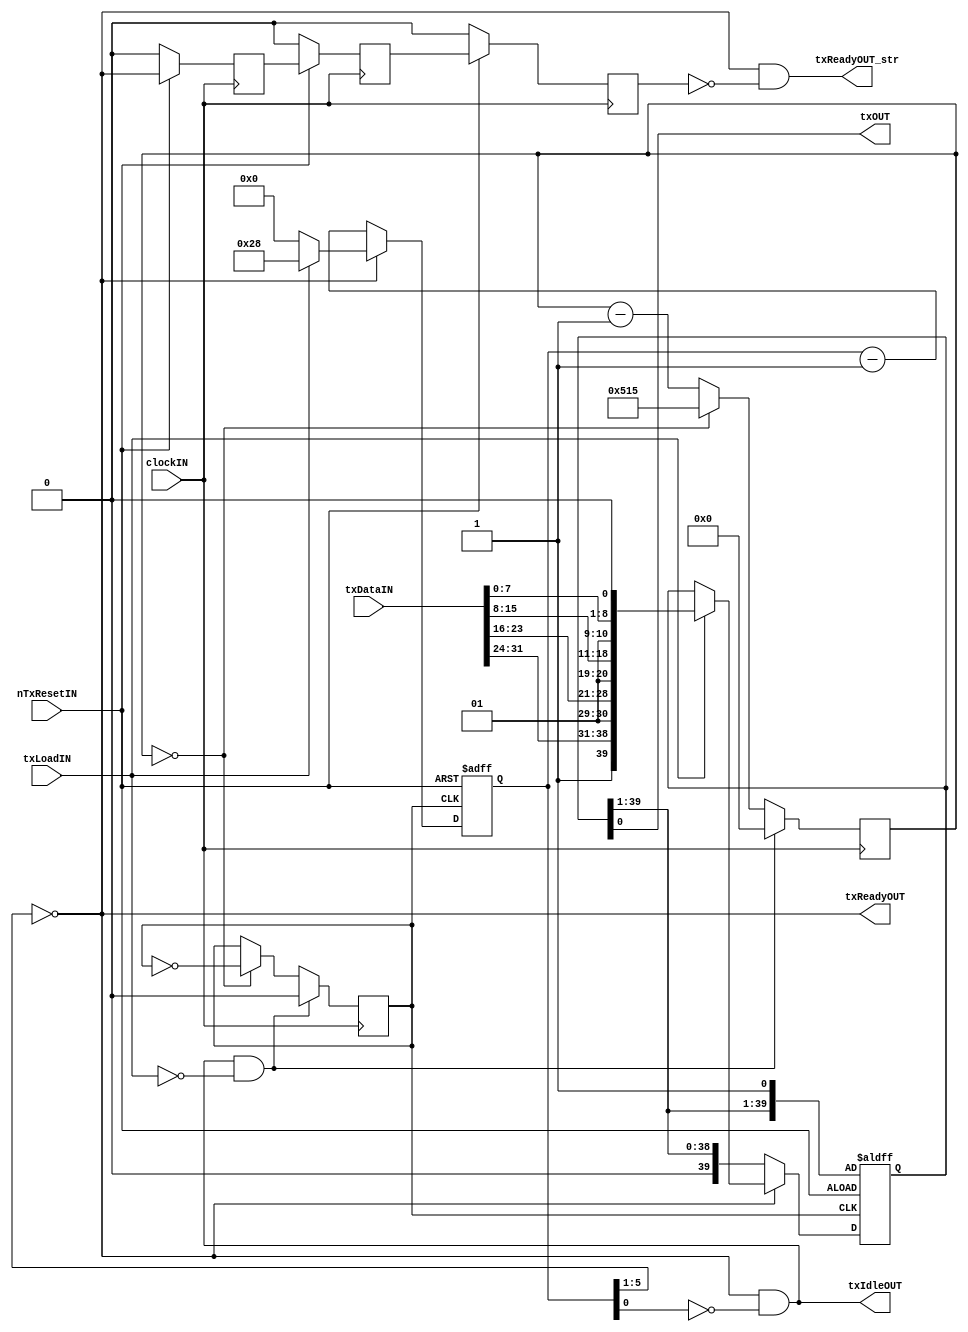
module UART_TX_32 #
(
	parameter CLOCK_FREQUENCY = 25_000_000,
	parameter BAUD_RATE       = 9600
)
(
	input  clockIN,
	input  nTxResetIN,
	input  [31:0] txDataIN,
	input  txLoadIN,
	output wire txIdleOUT,
	output wire txReadyOUT,
	output wire txOUT,
        output wire txReadyOUT_str
);

localparam HALF_BAUD_CLK_REG_VALUE = (CLOCK_FREQUENCY / BAUD_RATE / 2 - 1);
localparam HALF_BAUD_CLK_REG_SIZE  = $clog2(HALF_BAUD_CLK_REG_VALUE);

reg [HALF_BAUD_CLK_REG_SIZE-1:0] txClkCounter = 0;
reg txBaudClk       = 1'b0;
reg [39:0] txReg     = 40'h0000000001;
reg [5:0] txCounter = 6'h0;

reg txReadyOUT_reg0;
reg txReadyOUT_reg1;
reg txReadyOUT_reg2;
reg txReadyOUT_reg3;
reg txReadyOUT_reg4;
reg txReadyOUT_reg5;
reg txReadyOUT_reg6;
//wire txReadyOUT_str;

always @ (posedge clockIN)
begin
  if(!nTxResetIN)
  begin
    txReadyOUT_reg0 <= 1'b0;
    txReadyOUT_reg1 <= 1'b0;
    txReadyOUT_reg2 <= 1'b0;
    txReadyOUT_reg3 <= 1'b0;
    txReadyOUT_reg4 <= 1'b0;
    txReadyOUT_reg5 <= 1'b0;
    txReadyOUT_reg6 <= 1'b0;
  end else 
  begin
    txReadyOUT_reg0 <= txReadyOUT;
    txReadyOUT_reg1 <= txReadyOUT_reg0;
    txReadyOUT_reg2 <= txReadyOUT_reg1;
    txReadyOUT_reg3 <= txReadyOUT_reg2;
    txReadyOUT_reg4 <= txReadyOUT_reg3;
    txReadyOUT_reg5 <= txReadyOUT_reg4;
    txReadyOUT_reg6 <= txReadyOUT_reg5;
  end
end

assign txReadyOUT_str = txReadyOUT && !txReadyOUT_reg2;

assign txReadyOUT = !txCounter[5:1];
assign txIdleOUT  = txReadyOUT & (~txCounter[0]);
assign txOUT      = txReg[0];

always @(posedge clockIN) begin : tx_clock_generate
	if(txIdleOUT & (~txLoadIN)) begin
		txClkCounter <= 0;
		txBaudClk    <= 1'b0;
	end
	else if(txClkCounter == 0) begin
		txClkCounter <= HALF_BAUD_CLK_REG_VALUE;
		txBaudClk    <= ~txBaudClk;
	end
	else begin
		txClkCounter <= txClkCounter - 1'b1;
	end
end

always @(posedge txBaudClk or negedge nTxResetIN) begin : tx_transmit
	if(~nTxResetIN) begin
		txCounter <= 6'h0;
		txReg[0]  <= 1'b1;
	end
	else if(~txReadyOUT) begin
		txReg     <= {1'b0, txReg[39:1]};
		txCounter <= txCounter - 1'b1;
	end
	else if(txLoadIN) begin
		txReg     <= {1'b1, txDataIN[31:24], 1'b0,1'b1, txDataIN[23:16], 1'b0,1'b1, txDataIN[15:8], 1'b0,1'b1, txDataIN[7:0], 1'b0};
		txCounter <= 6'h28;
	end
	else begin
		txCounter <= 6'h0;
	end
end

endmodule